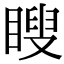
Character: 瞍